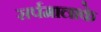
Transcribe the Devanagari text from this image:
सर्पमालाके